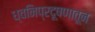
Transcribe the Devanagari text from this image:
ध्वनिप्रदूषणातून